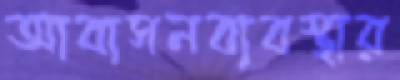
আবাসনব্যবস্থার